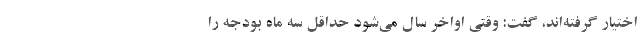
اختیار گرفته‌اند، گفت: وقتی اواخر سال می‌شود حداقل سه ماه بودجه را